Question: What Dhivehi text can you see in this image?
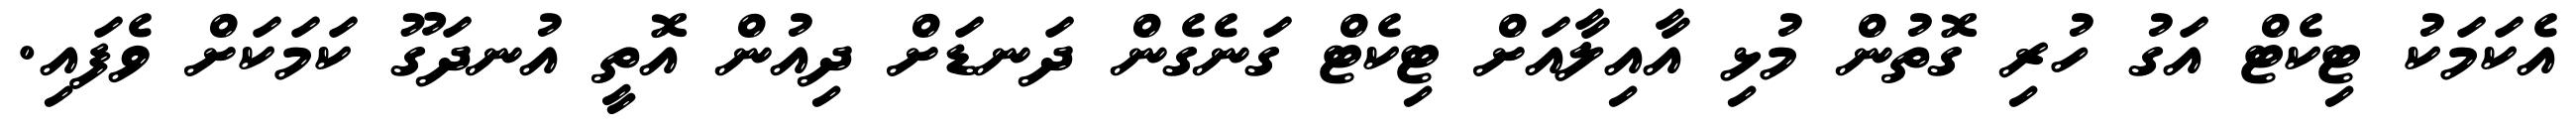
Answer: އެކަމަކު ޓިކެޓް އަގު ހުރި ގޮތުން މުޅި އާއިލާއަށް ޓިކެޓް ގަނެގެން ދަނޑަށް ދިއުން އޮތީ އުނދަގޫ ކަމަކަށް ވެފައި.